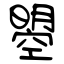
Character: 曌